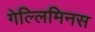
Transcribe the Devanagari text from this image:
गेल्‍लिमिनस